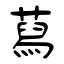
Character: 蕮